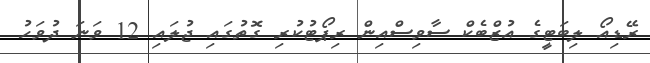
ރޭޑިއޯ ލިބަޓީގެ އުޒްބެކް ސާވިސްއިން ރިޕޯޓުކުރި ގޮތުގައި ޖުލައި 12 ވަނަ ދުވަހު